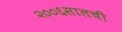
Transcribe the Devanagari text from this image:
२००६सालची